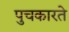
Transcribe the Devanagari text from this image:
पुचकारते